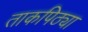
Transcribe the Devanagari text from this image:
ताकपिठ्या